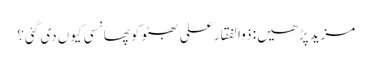
مزید پڑھیں: ذوالفقار علی بھٹو کو پھانسی کیوں‌ دی گئی؟